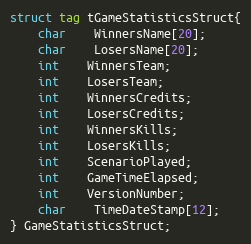
Language: C
struct tag tGameStatisticsStruct{
	char	WinnersName[20];
	char	LosersName[20];
	int	WinnersTeam;
	int	LosersTeam;
	int	WinnersCredits;
	int	LosersCredits;
	int	WinnersKills;
	int	LosersKills;
	int	ScenarioPlayed;
	int	GameTimeElapsed;
	int	VersionNumber;
	char	TimeDateStamp[12];
} GameStatisticsStruct;